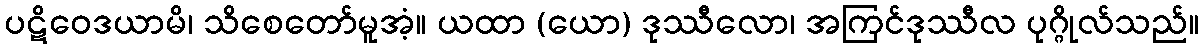
ပဋိဝေဒယာမိ၊ သိစေတော်မူအံ့။ ယထာ (ယော) ဒုဿီလော၊ အကြင်ဒုဿီလ ပုဂ္ဂိုလ်သည်။